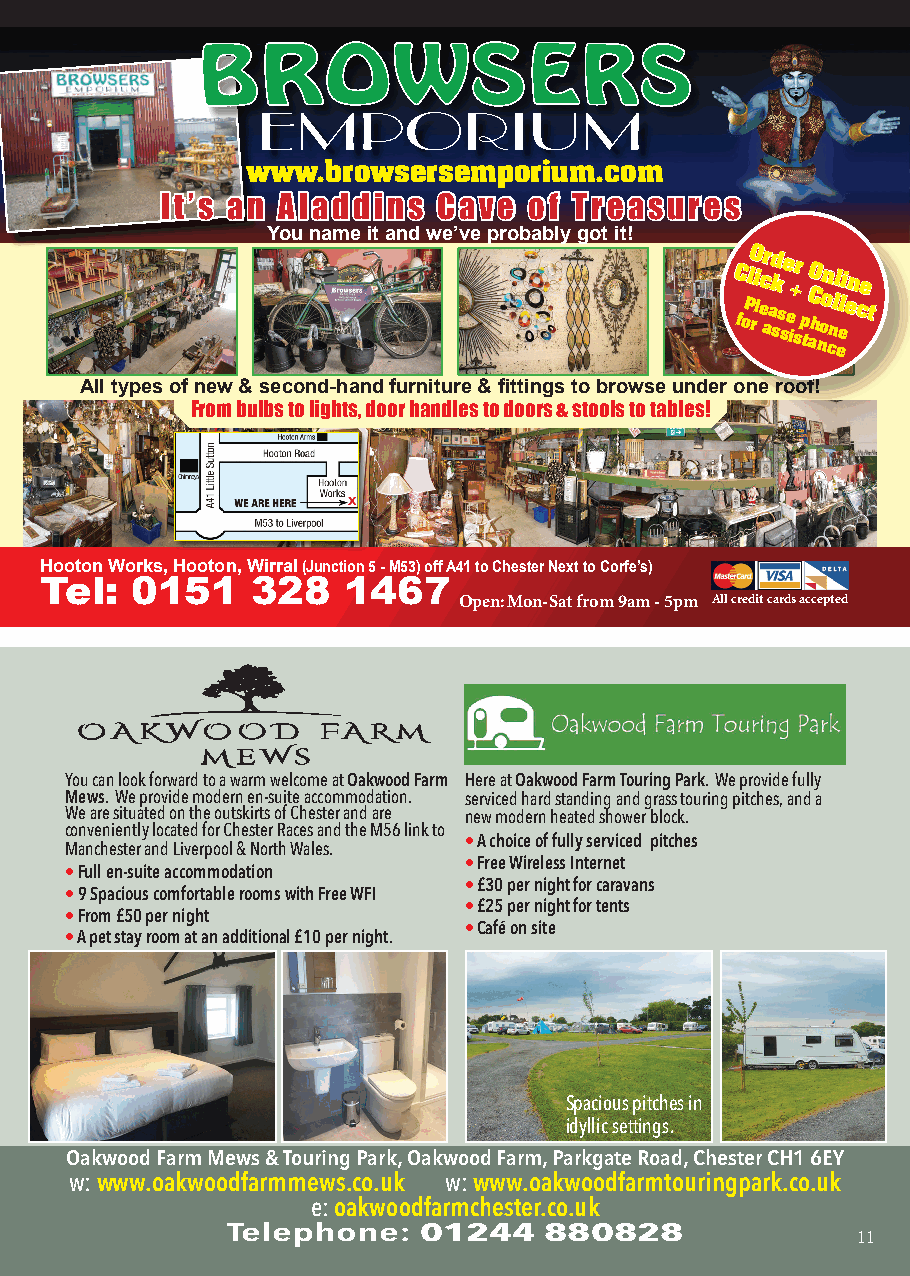
EMPORIUM
 www.browsersemporium.com
 IItt’’ss aann AAllaaddddiinnss CCaavvee ooff TTrreeaassuurreess
 You name it and we’ve probably got it!
 CC foPllOO rii
 l
 cc
 e
 arr add kk
 ss
 see
 e
 i++ srr
 p
 tCC aOO
 h
 nooonn cnllll
 ell
 eii eenn ccee
 tt
 All types of new & second-hand furniture & fi ttings to browse under one roof!
 From bulbs to lights, door handles to doors & stools to tables!
 Hooton Works, Hooton, Wirral (Junction 5 - M53) off A41 to Chester Next to Corfe’s)
 Te1l: 0151    328   1467                           1
 Open: Mon-Sat from 9am - 5pm All credit cards accepted
 OYakwoood Muews.i ndcd 1an look forward to a warm welcome at Oakwood Fa04/02r/20m18 10:51 Here at Oakwood Farm Touring Park. We provide fully
 Mews. We provide modern en-suite accommodation. serviced hard standing and grass touring pitches, and a
 We are situated on the outskirts of Chester and are new modern heated shower block.
 conveniently located for Chester Races and the M56 link to
 Manchester and Liverpool & North Wales. • A choice of fully serviced pitches
 • Free Wireless Internet
 • Full en-suite accommodation
 • £30 per night for caravans
 • 9 Spacious comfortable rooms with Free WFI
 • £25 per night for tents
 • From £50 per night
 • Café on site
 • A pet stay room at an additional £10 per night.
 Spacious pitches in
 idyllic settings.
 Oakwood Farm Mews & Touring Park, Oakwood Farm, Parkgate Road, Chester CH1 6EY
 w: www.oakwoodfarmmews.co.uk w: www.oakwoodfarmtouringpark.co.uk
 e: oakwoodfarmchester.co.uk
 Telephone:   01244   880828               11